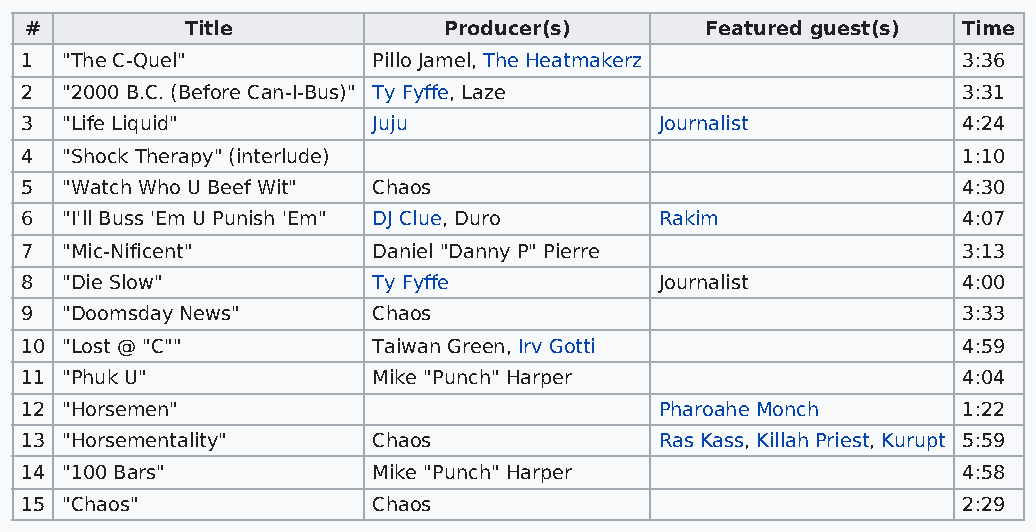
#         Title            Producer(s)       Featured guest(s) Time
 1  "The C-Quel"         Pillo Jamel, The Heatmakerz            3:36
 2  "2000 B.C. (Before Can-I-Bus)" Ty Fyffe, Laze               3:31
 3  "Life Liquid"        Juju               Journalist          4:24
 4  "Shock Therapy" (interlude)                                 1:10
 5  "Watch Who U Beef Wit" Chaos                                4:30
 6  "I'll Buss 'Em U Punish 'Em" DJ Clue, Duro Rakim            4:07
 7  "Mic-Nificent"       Daniel "Danny P" Pierre                3:13
 8  "Die Slow"           Ty Fyffe           Journalist          4:00
 9  "Doomsday News"      Chaos                                  3:33
 10 "Lost @ "C""         Taiwan Green, Irv Gotti                4:59
 11 "Phuk U"             Mike "Punch" Harper                    4:04
 12 "Horsemen"                              Pharoahe Monch      1:22
 13 "Horsementality"     Chaos              Ras Kass, Killah Priest, Kurupt 5:59
 14 "100 Bars"           Mike "Punch" Harper                    4:58
 15 "Chaos"              Chaos                                  2:29